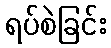
ရပ်စဲခြင်း